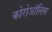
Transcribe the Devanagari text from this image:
कोरोऑलिस